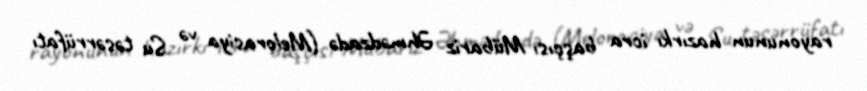
rayonunun hazırkı icra başçısı Mübariz Əhmədzadə (Melorasiya və Su təsərrüfatı